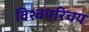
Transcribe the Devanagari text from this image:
विश्वपरिचय